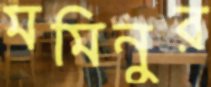
মমিনুর